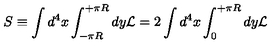
S \equiv \int d ^ { 4 } x \int _ { - \pi R } ^ { + \pi R } d y { \cal L } = 2 \int d ^ { 4 } x \int _ { 0 } ^ { + \pi R } d y { \cal L }